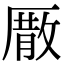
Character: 𠪣